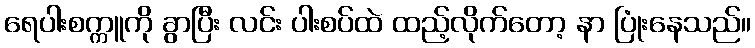
ရေပါးစက္ကူကို ခွာပြီး လင်း ပါးစပ်ထဲ ထည့်လိုက်တော့ နာ ပြုံးနေသည်။